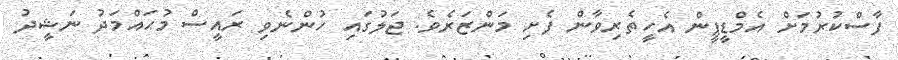
ފާސްކުރުމަށް އެމްޑީޕީން އެހީތެރިވާން ފެށި މަންޒަރެވެ. ޖަލުގައި ހުންނެވި ރައީސް މުޙައްމަދު ނަޝީދު